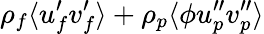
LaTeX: \rho_{f}\langle u_{f}^{\prime}v_{f}^{\prime}\rangle+\rho_{p}\langle\phi u_{p}^{\prime\prime}v_{p}^{\prime\prime}\rangle